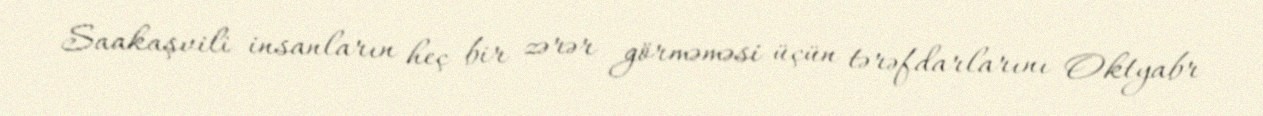
Saakaşvili insanların heç bir zərər görməməsi üçün tərəfdarlarını Oktyabr